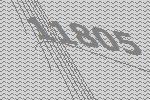
11805